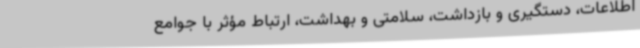
اطلاعات، دستگیری و بازداشت، سلامتی و بهداشت، ارتباط مؤثر با جوامع